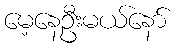
မေ့နေဦးမယ်နော်